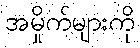
အမှိုက်များကို